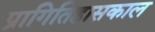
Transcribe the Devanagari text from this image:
प्रागितिहासकाल